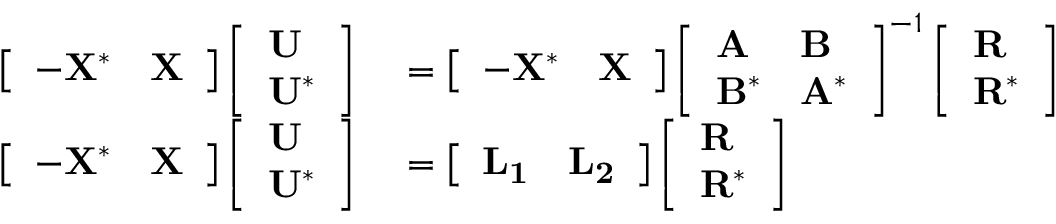
\begin{array} { r l } { \left[ \begin{array} { l l } { - \mathbf { X } ^ { * } } & { \mathbf { X } } \end{array} \right] \left[ \begin{array} { l } { \mathbf { U } } \\ { \mathbf { U } ^ { * } } \end{array} \right] } & { { } = \left[ \begin{array} { l l } { - \mathbf { X } ^ { * } } & { \mathbf { X } } \end{array} \right] \left[ \begin{array} { l l } { \mathbf { A } } & { \mathbf { B } } \\ { \mathbf { B } ^ { * } } & { \mathbf { A } ^ { * } } \end{array} \right] ^ { - 1 } \left[ \begin{array} { l } { \mathbf { R } } \\ { \mathbf { R } ^ { * } } \end{array} \right] } \\ { \left[ \begin{array} { l l } { - \mathbf { X } ^ { * } } & { \mathbf { X } } \end{array} \right] \left[ \begin{array} { l } { \mathbf { U } } \\ { \mathbf { U } ^ { * } } \end{array} \right] } & { { } = \left[ \begin{array} { l l } { \mathbf { L _ { 1 } } } & { \mathbf { L _ { 2 } } } \end{array} \right] \left[ \begin{array} { l } { \mathbf { R } } \\ { \mathbf { R } ^ { * } } \end{array} \right] } \end{array}